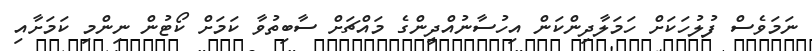
ނަމަވެސް ފުލުހަކަށް ހަމަލާދިންކަން އިހުސާނުއްދީންގެ މައްޗަށް ސާބިތުވާ ކަމަށް ކޯޓުން ނިންމި ކަމަށާއި